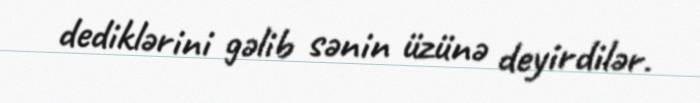
dediklərini gəlib sənin üzünə deyirdilər.